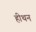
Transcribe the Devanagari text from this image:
हीथन